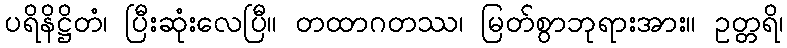
ပရိနိဋ္ဌိတံ၊ ပြီးဆုံးလေပြီ။ တထာဂတဿ၊ မြတ်စွာဘုရားအား။ ဥတ္တရိ၊